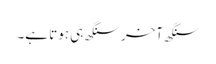
سنگھ آخر سنگھ ہی ہوتا ہے۔